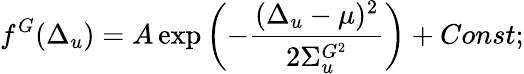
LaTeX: f^{G}(\Delta_{u})=A\exp\left(-\frac{(\Delta_{u}-\mu)^{2}}{2\Sigma_{u}^{G^{2}}}\right)+Const;